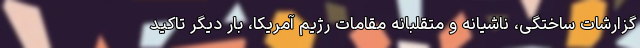
گزارشات ساختگی، ناشیانه و متقلبانه مقامات رژیم آمریکا، بار دیگر تاکید